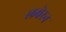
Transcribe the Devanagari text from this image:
लवेरन